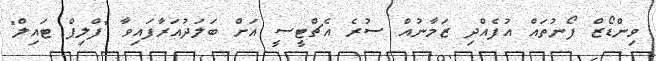
ވިންޑޯޒް ފޯނުތައް އުފެއްދި ޒަމާނުއް ސުރެ އެޗްޓީސީ އަށް ބަލަދުއަރާފައިވާ "ފްލިޕް ޓައިލް"